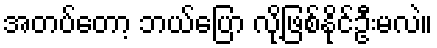
အတပ်တော့ ဘယ်ပြော လို့ဖြစ်နိုင်ဦးမလဲ။